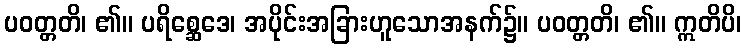
ပဝတ္တတိ၊ ၏။ ပရိစ္ဆေဒေ၊ အပိုင်းအခြားဟူသောအနက်၌။ ပဝတ္တတိ၊ ၏။ ဣတိပိ၊